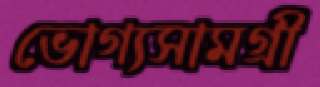
ভোগ্যসামগ্রী